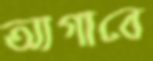
আগাবে